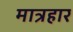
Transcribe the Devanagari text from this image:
मात्रहार